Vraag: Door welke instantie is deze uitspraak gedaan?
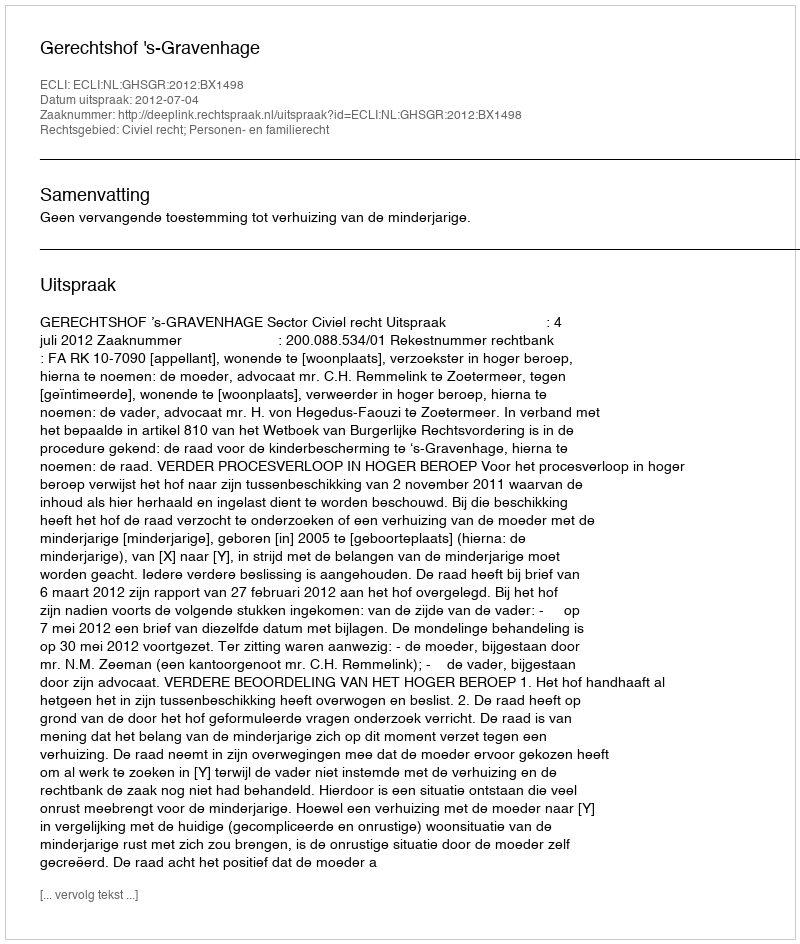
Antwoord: Gerechtshof 's-Gravenhage